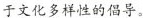
于文化多样性的倡导